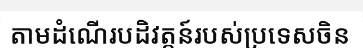
តាមដំណើរបដិវត្តន៍របស់ប្រទេសចិន